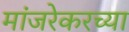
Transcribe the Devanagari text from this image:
मांजरेकरच्या